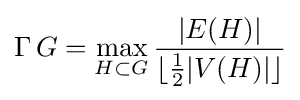
\operatorname {\Gamma } G=\max _{H\subset G}{\frac {|E(H)|}{\lfloor {\frac {1}{2}}|V(H)|\rfloor }}